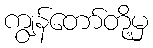
ကျွန်တော်တို့မှ